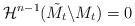
LaTeX: \begin{align*}\mathcal{H}^{n-1}(\tilde{M}_t \backslash M_t)=0\end{align*}